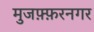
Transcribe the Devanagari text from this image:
मुजफ़्फ़रनगर